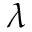
\lambda